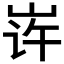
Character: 𱛦